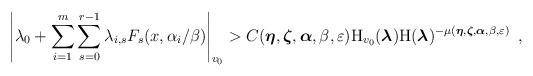
LaTeX: \begin{align*}\left|{{\lambda_0}}+\sum_{i=1}^m\sum_{s=0}^{r-1}{{\lambda_{i,s}}}F_{s}(x,\alpha_i/\beta)\right|_{v_0}>C(\boldsymbol{\eta},\boldsymbol{\zeta},\boldsymbol{\alpha},\beta,\varepsilon){\mathrm{H}}_{v_0}({{\boldsymbol{\lambda}}}) {\mathrm{H}}({{\boldsymbol{\lambda}}})^{-\mu(\boldsymbol{\eta},\boldsymbol{\zeta},\boldsymbol{\alpha},\beta,\varepsilon)}\enspace,\end{align*}